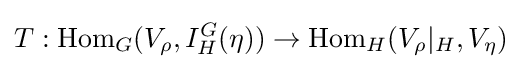
T:{\text{Hom}}_{G}(V_{\rho },I_{H}^{G}(\eta ))\to {\text{Hom}}_{H}(V_{\rho }|_{H},V_{\eta })